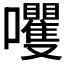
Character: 𫬻